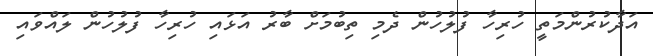
އަދާކުރުންމަތީ ހުރިހާ ފުލުހުން ދެމި ތިބުމަށް ބާރު އަޅައި ހުރިހާ ފުލުހުން ލައްވައި